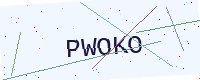
Text: PWOKO